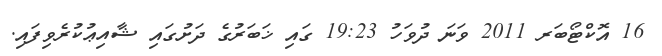
16 އޮކްޓޯބަރ 2011 ވަނަ ދުވަހު 19:23 ގައި ޚަބަރުގެ ދަށުގައި ޝާއިޢުކުރެވިފައި.